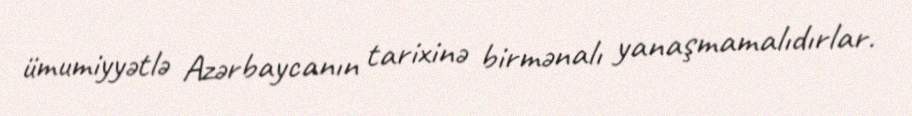
ümumiyyətlə Azərbaycanın tarixinə birmənalı yanaşmamalıdırlar.